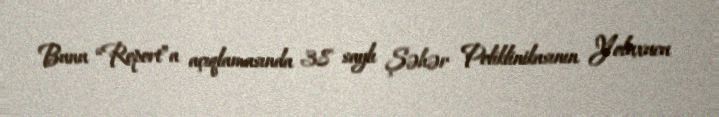
Bunu “Report”a açıqlamasında 38 saylı Şəhər Poliklinikasının Yoluxucu